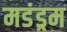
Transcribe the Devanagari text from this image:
मडंड्रम